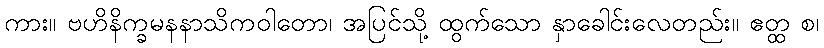
ကား။ ဗဟိနိက္ခမနနာသိကဝါတော၊ အပြင်သို့ ထွက်သော နှာခေါင်းလေတည်း။ ဧတ္ထ စ၊